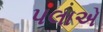
પલાએ